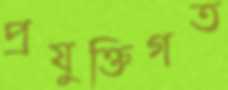
প্রযুক্তিগত